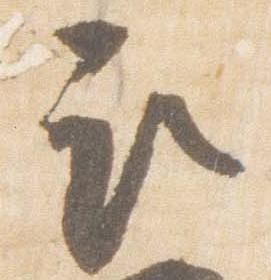
取